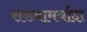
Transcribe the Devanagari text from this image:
संख्यामर्यादा